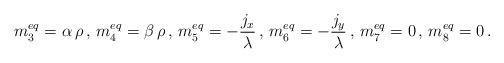
LaTeX: \begin{align*}m_{3}^{eq}=\alpha \, \rho \,,\, m_{4}^{eq}=\beta \, \rho \,,\,m_{5}^{eq}=-\frac{j_{x}}{\lambda} \,,\, m_{6}^{eq}=-\frac{j_{y}}{\lambda} \,,\, m_{7}^{eq}=0 \,,\, m_{8}^{eq}=0 \, . \end{align*}